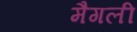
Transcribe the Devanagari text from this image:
मैगली